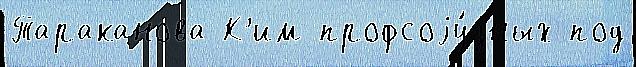
Тараканова К'им профсоjу́зных под